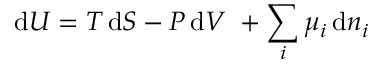
\mathrm { d } U = T \, \mathrm { d } S - P \, \mathrm { d } V \ + \sum _ { i } \mu _ { i } \, \mathrm { d } n _ { i }